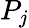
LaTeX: P_{j}